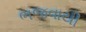
ભજવાયી